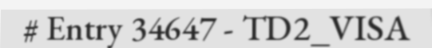
# Entry 34647 - TD2_VISA